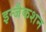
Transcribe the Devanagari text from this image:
इन्जैकशन